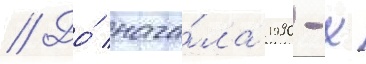
// До́ нача́ла 1990-х